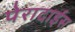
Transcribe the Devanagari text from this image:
पेरादाईस